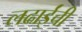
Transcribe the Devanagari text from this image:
लढाईंची